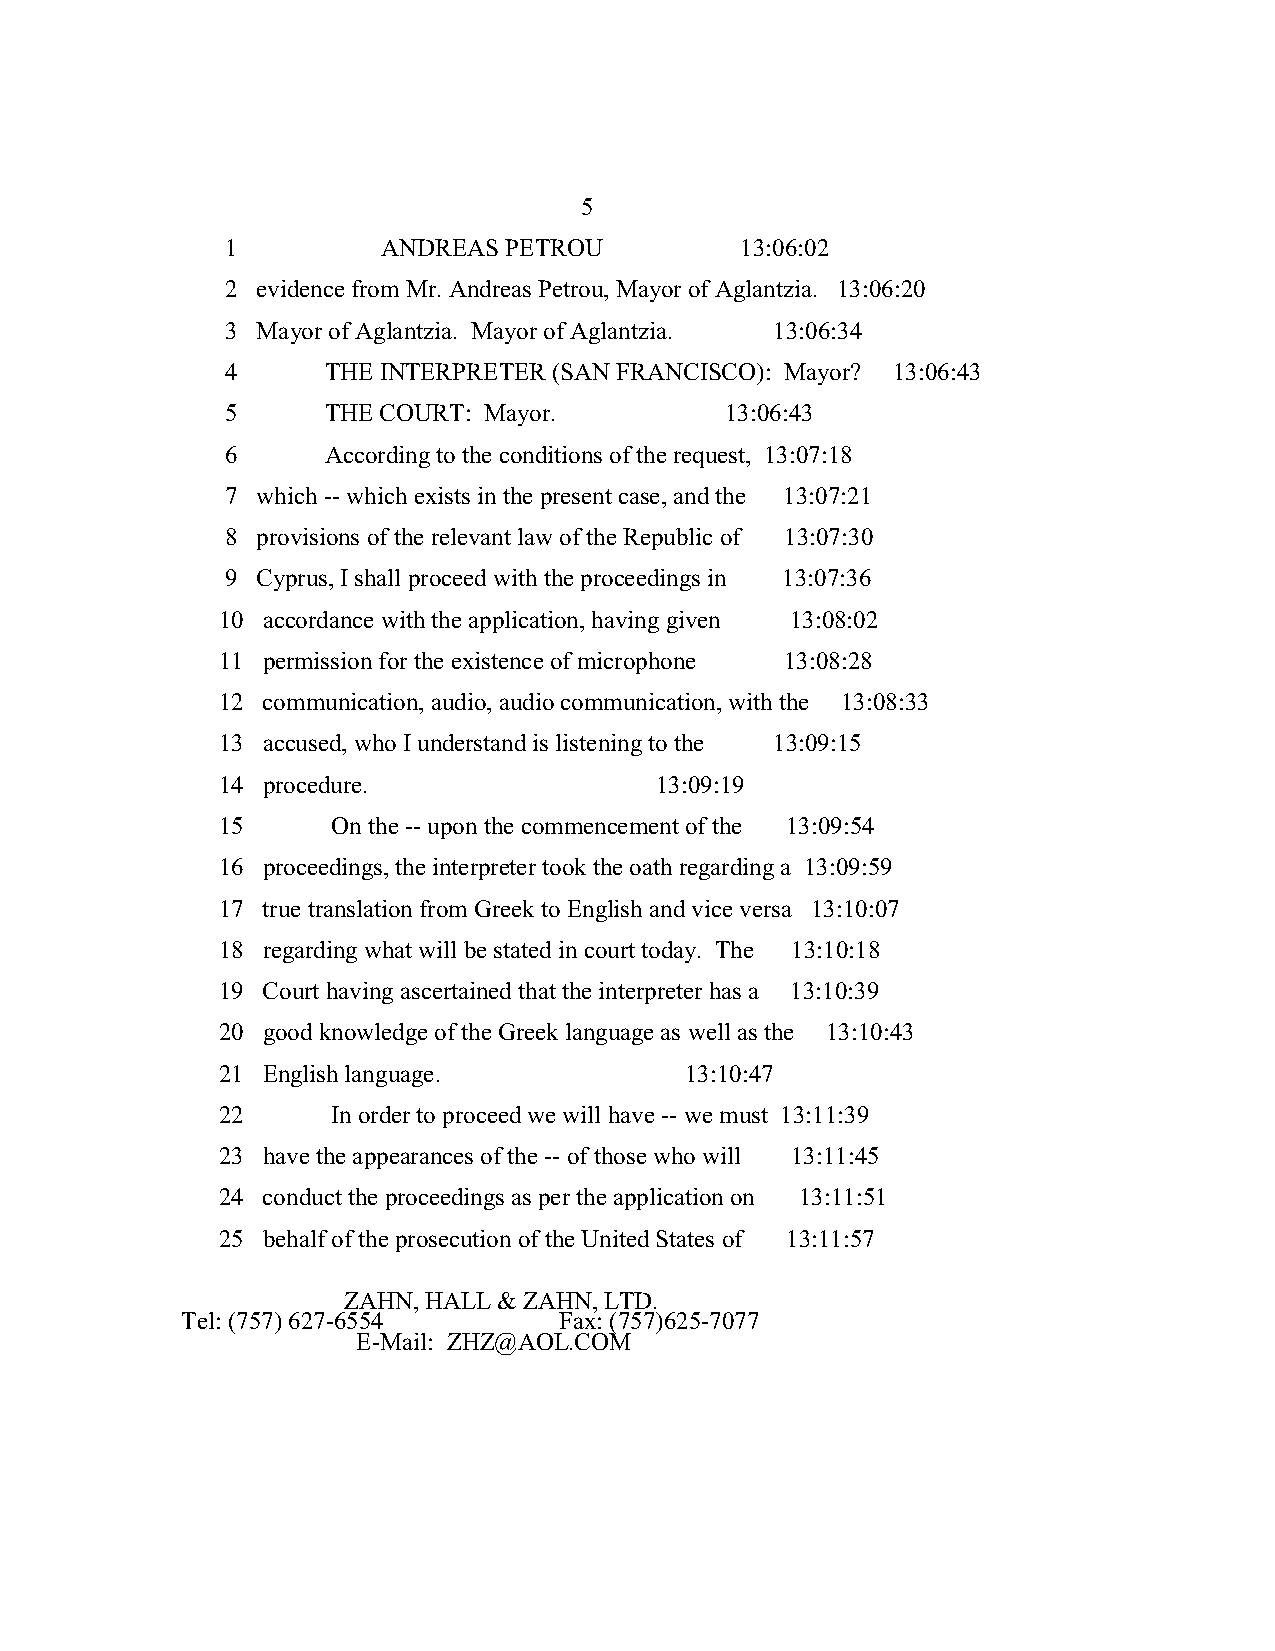
5
 1         ANDREAS PETROU          13:06:02
 2 evidence from Mr. Andreas Petrou, Mayor of Aglantzia. 13:06:20
 3 Mayor of Aglantzia. Mayor of Aglantzia. 13:06:34
 4      THE INTERPRETER (SAN FRANCISCO): Mayor? 13:06:43
 5      THE COURT: Mayor.         13:06:43
 6      According to the conditions of the request, 13:07:18
 7 which -- which exists in the present case, and the 13:07:21
 8 provisions of the relevant law of the Republic of 13:07:30
 9 Cyprus, I shall proceed with the proceedings in 13:07:36
 10 accordance with the application, having given 13:08:02
 11 permission for the existence of microphone 13:08:28
 12 communication, audio, audio communication, with the 13:08:33
 13 accused, who I understand is listening to the 13:09:15
 14 procedure.                13:09:19
 15      On the -- upon the commencement of the 13:09:54
 16 proceedings, the interpreter took the oath regarding a 13:09:59
 17 true translation from Greek to English and vice versa 13:10:07
 18 regarding what will be stated in court today. The 13:10:18
 19 Court having ascertained that the interpreter has a 13:10:39
 20 good knowledge of the Greek language as well as the 13:10:43
 21 English language.           13:10:47
 22      In order to proceed we will have -- we must 13:11:39
 23 have the appearances of the -- of those who will 13:11:45
 24 conduct the proceedings as per the application on 13:11:51
 25 behalf of the prosecution of the United States of 13:11:57
 ZAHN, HALL & ZAHN, LTD.
 Tel: (757) 627-6554      Fax: (757)625-7077
 E-Mail: ZHZ@AOL.COM